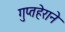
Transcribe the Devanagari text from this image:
गुप्तहेराने